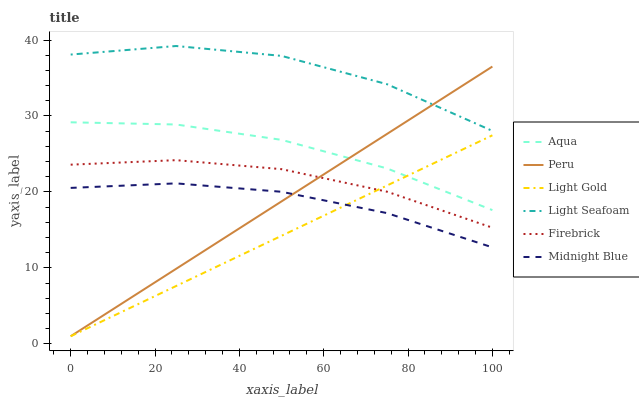
| xaxis_label | Aqua | Peru | Light Gold | Light Seafoam | Firebrick | Midnight Blue |
 | --- | --- | --- | --- | --- | --- | --- |
 | 0 | 29.2 | 1 | 1 | 38.1 | 23.6 | 20.5 |
 | 25 | 28.9 | 9.88 | 7.61 | 39.2 | 24.2 | 21.1 |
 | 50 | 26.9 | 18.8 | 14.2 | 37.9 | 23 | 20 |
 | 75 | 23.1 | 27.6 | 20.8 | 34.2 | 20 | 17.2 |
 | 100 | 17.6 | 36.5 | 27.5 | 28 | 15.3 | 12.7 |